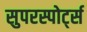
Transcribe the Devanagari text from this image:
सुपरस्पोर्ट्स